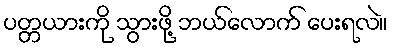
ပတ္တယားကို သွားဖို့ ဘယ်လောက် ပေးရလဲ။